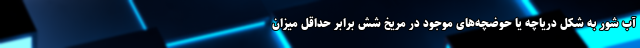
آب شور به شکل دریاچه یا حوضچه‌های موجود در مریخ شش برابر حداقل میزان